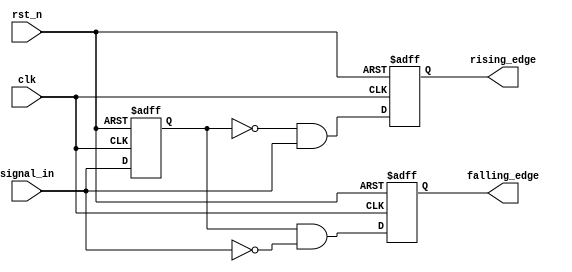
module glitch_free_edge_detector (
    input wire clk,                // Clock signal
    input wire rst_n,              // Active low reset signal
    input wire signal_in,          // Input signal to detect edges
    output reg rising_edge,        // Output signal for rising edge detection
    output reg falling_edge        // Output signal for falling edge detection
);

    // Memory blocks to store previous states
    reg prev_state;                // Stores the last stable value of signal_in
    reg prev_prev_state;           // Stores the value before prev_state

    // Sequential logic for edge detection
    always @(posedge clk or negedge rst_n) begin
        if (!rst_n) begin
            prev_state <= 1'b0;    // Initialize state
            prev_prev_state <= 1'b0; // Initialize previous state
            rising_edge <= 1'b0;    // Clear rising edge output
            falling_edge <= 1'b0;   // Clear falling edge output
        end else begin
            // Store the current state
            prev_prev_state <= prev_state; // Update prev_prev_state
            prev_state <= signal_in;        // Update prev_state
            
            // Edge detection logic
            rising_edge <= (prev_state == 1'b0 && signal_in == 1'b1);  // Rising edge detected
            falling_edge <= (prev_state == 1'b1 && signal_in == 1'b0); // Falling edge detected
        end
    end

endmodule